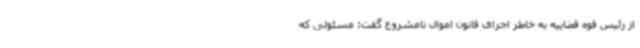
از رئیس قوه قضاییه به خاطر اجرای قانون اموال نامشروع گفت: مسئولی که